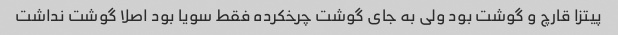
پیتزا قارچ و گوشت بود ولی به جای گوشت چرخکرده فقط سویا بود اصلا گوشت نداشت